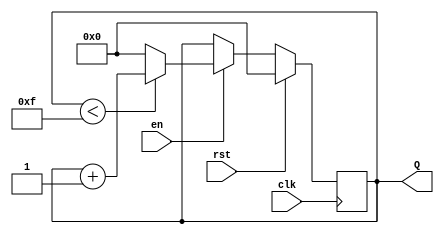
module up_counter_with_enable (
    input wire clk,         // Clock input
    input wire rst,         // Synchronous reset
    input wire en,          // Enable input
    output reg [3:0] Q      // 4-bit output for Count (modify width for different max count)
);

// Define the maximum count value
parameter MAX_COUNT = 15; // For a 4-bit counter (0 to 15)

// Always block for the sequential logic
always @(posedge clk) begin
    if (rst) begin
        // Reset the counter to 0
        Q <= 4'b0000;
    end else if (en) begin
        // Increment the counter with wrap-around
        if (Q < MAX_COUNT) begin
            Q <= Q + 1;
        end else begin
            Q <= 4'b0000; // Wrap around to 0
        end
    end
    // If `en` is low, the counter retains its current value (automatically handled)
end

endmodule